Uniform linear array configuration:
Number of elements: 24
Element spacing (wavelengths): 0.75
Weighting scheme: kaiser
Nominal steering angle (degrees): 0
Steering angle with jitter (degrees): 1.696
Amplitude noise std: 0.05
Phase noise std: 0.05

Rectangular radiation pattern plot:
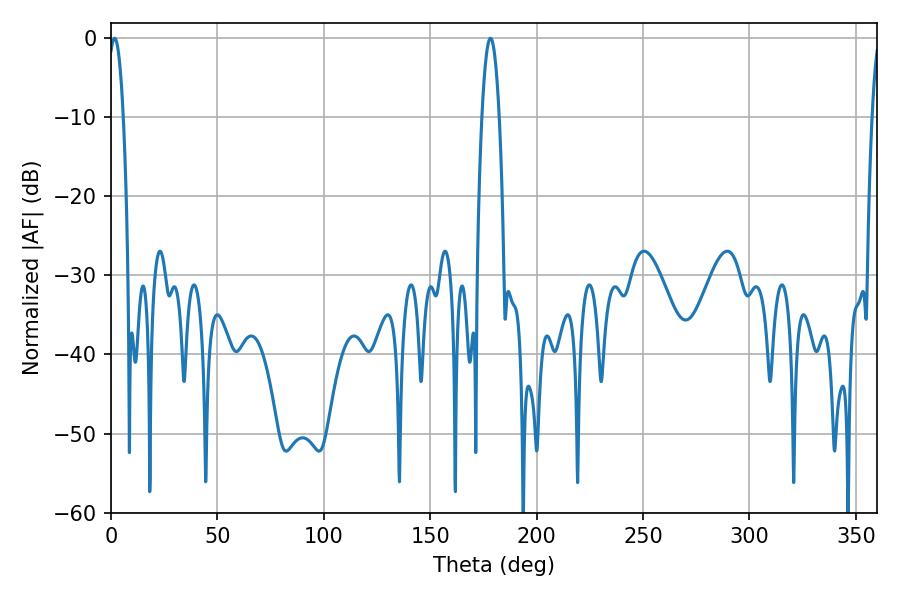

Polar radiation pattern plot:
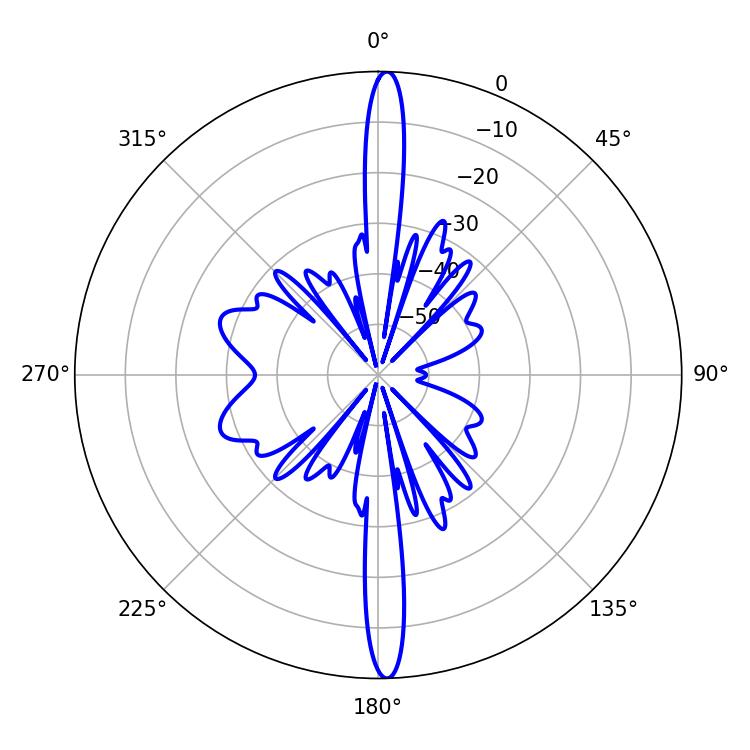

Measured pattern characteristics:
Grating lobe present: TRUE
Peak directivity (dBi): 26.925
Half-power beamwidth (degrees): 4.5
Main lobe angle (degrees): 178.38